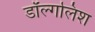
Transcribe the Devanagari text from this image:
डॉल्गलिश